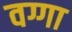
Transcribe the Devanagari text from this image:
वग्गा